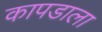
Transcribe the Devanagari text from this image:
कापडाला